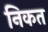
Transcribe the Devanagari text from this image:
निकत